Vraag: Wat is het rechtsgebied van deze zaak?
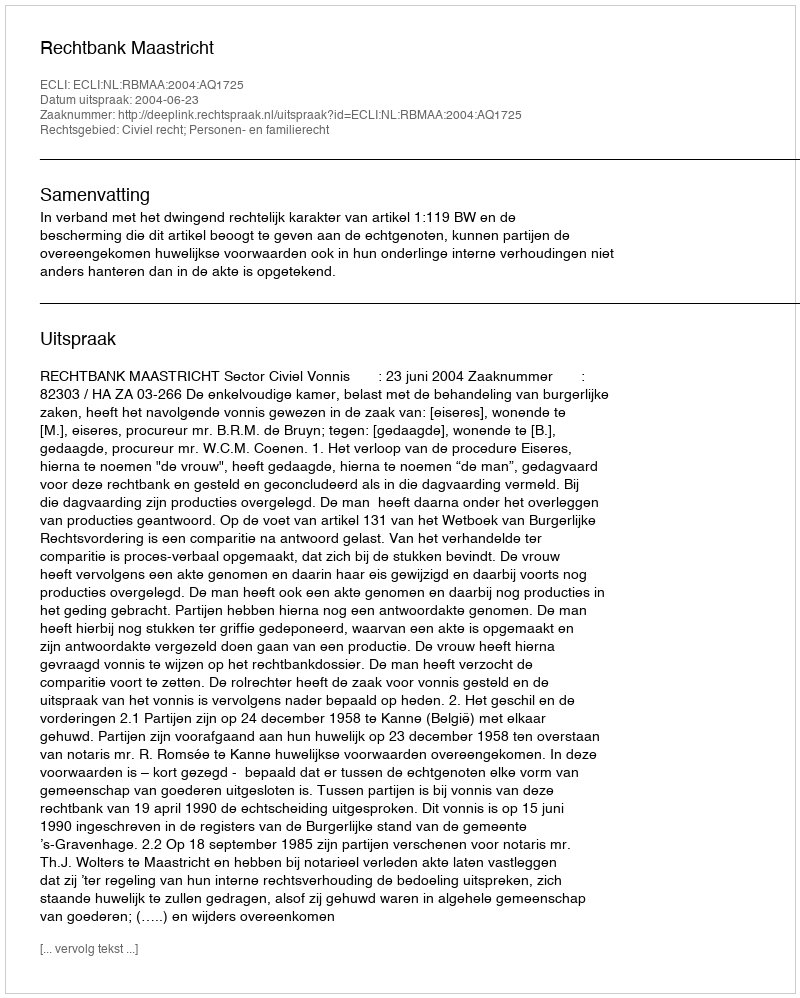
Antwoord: Civiel recht; Personen- en familierecht